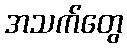
အသက်တွေ